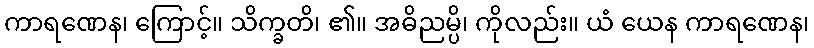
ကာရဏေန၊ ကြောင့်။ သိက္ခတိ၊ ၏။ အဓိညမ္ပိ၊ ကိုလည်း။ ယံ ယေန ကာရဏေန၊